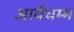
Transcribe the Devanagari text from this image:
आर्यधम्म